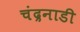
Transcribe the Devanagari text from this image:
चंद्रनाडी